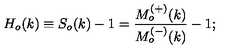
H _ { o } ( k ) \equiv S _ { o } ( k ) - 1 = \frac { M _ { o } ^ { ( + ) } ( k ) } { M _ { o } ^ { ( - ) } ( k ) } - 1 ;